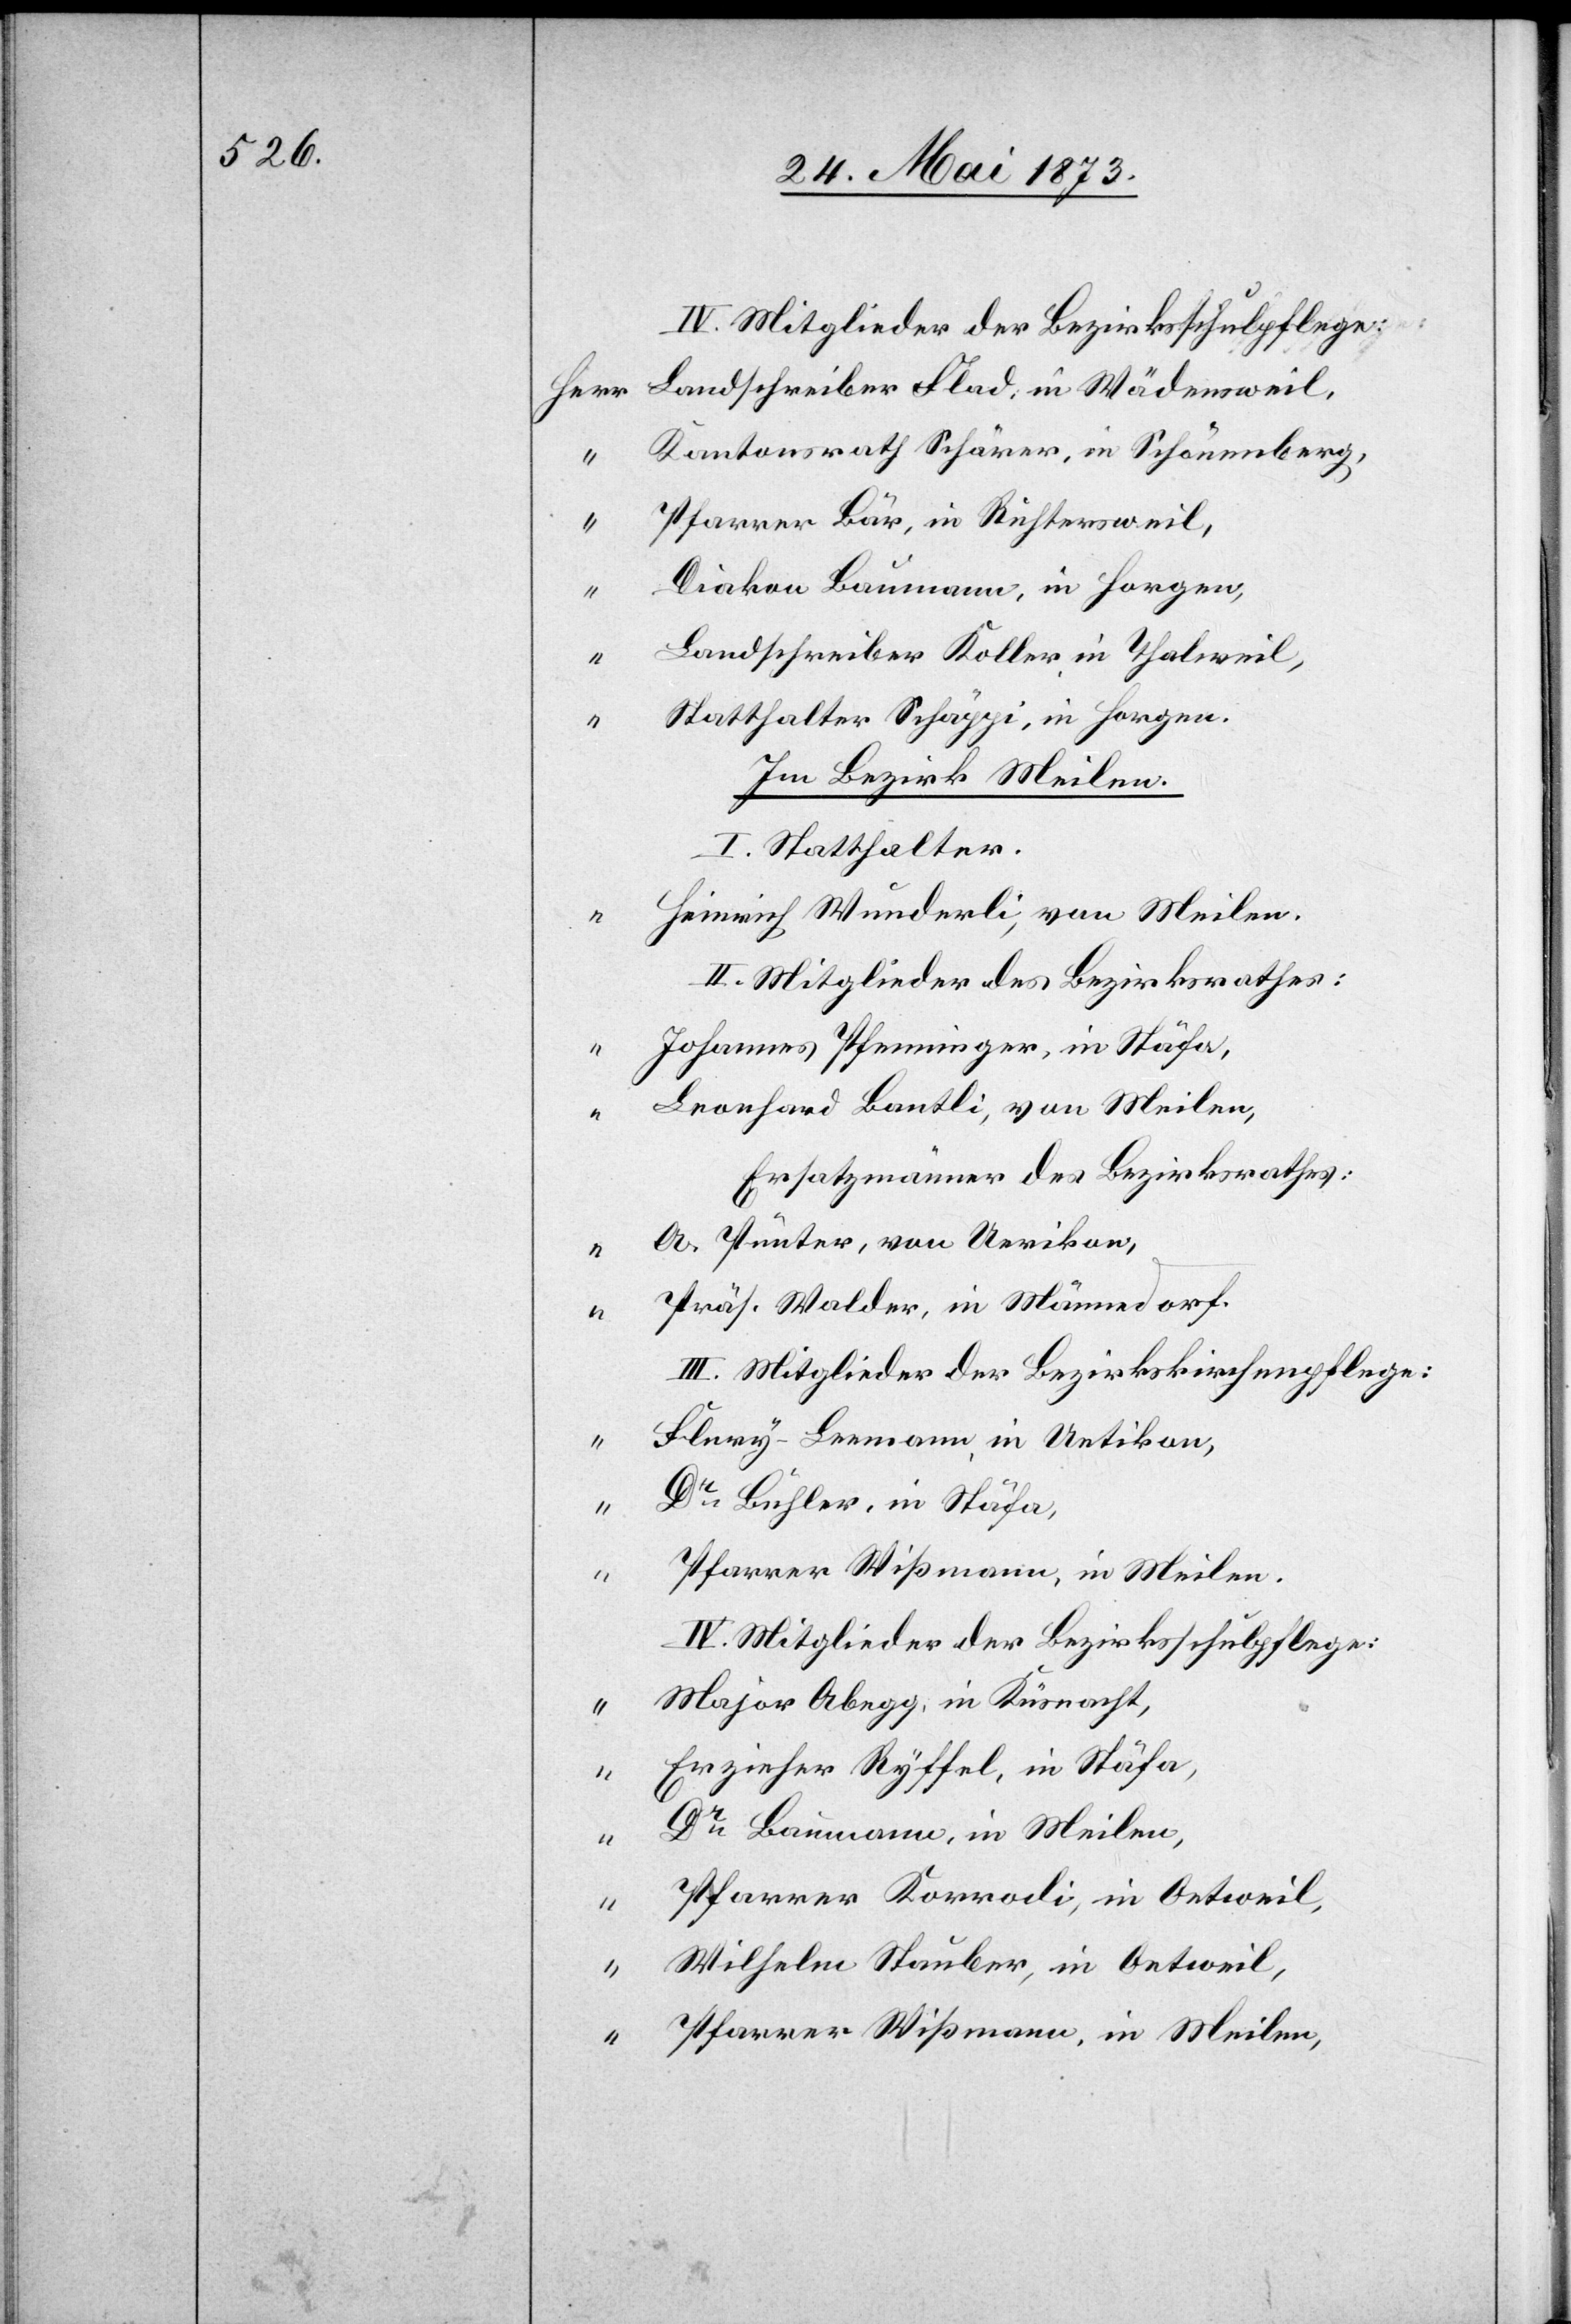
IV. Mitglieder der Bezirksschulpflege:
Landschreiber Flad, in Wädensweil,
Kantonsrath Schärer, in Schönenberg,
Pfarrer Bär, in Richtersweil,
Diakon Baumann, in Horgen,
Landschreiber Koller, in Thalweil,
Statthalter Schäppi, in Horgen.
Im Bezirk Meilen.
I. Statthalter.
Heinrich Wunderli, von Meilen.
II. Mitglieder des Bezirksrathes:
Johannes Pfenninger, in Stäfa,
Leonhard Bantli, von Meilen,
Ersatzmänner des Bezirksrathes:
A. Pünter, von Uerikon,
Präs. Walder, in Männedorf.
III. Mitglieder der Bezirkskirchenpflege:
Flury-Leemann, in Uetikon,
Dr Bühler, in Stäfa,
Pfarrer Wißmann, in Meilen,
IV. Mitglieder der Bezirksschulpflege:
Major Abegg, in Küsnacht,
Erzieher Ryffel, in Stäfa,
Dr Baumann, in Meilen,
“
Pfarrer Korrodi, in Oetweil,
Wilhelm Stauber, in Oetweil,